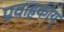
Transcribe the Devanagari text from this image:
प्रवाहकीय्